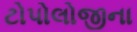
ટોપોલોજીના